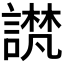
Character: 𫍉